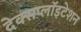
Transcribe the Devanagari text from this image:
देक्सप्लॉइटेशन